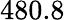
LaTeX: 480.8